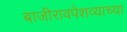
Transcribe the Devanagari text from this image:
बाजीरावपेशव्याच्या